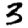
Digit: 3